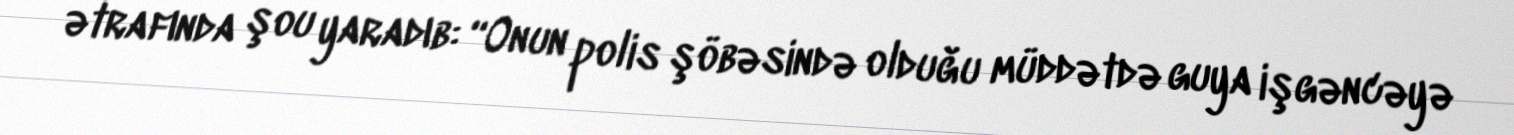
ətrafında şou yaradıb: “Onun polis şöbəsində olduğu müddətdə guya işgəncəyə